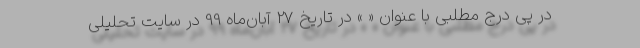
در پی درج مطلبی با عنوان « » در تاریخ 27 آبان‌ماه 99 در سایت تحلیلی